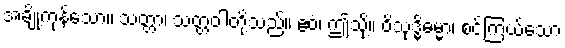
အချို့ကုန်သော။ သတ္တာ၊ သတ္တဝါတို့သည်။ ဧဝံ၊ ဤသို့။ ဝိသုဒ္ဓိဓမ္မာ၊ စင်ကြယ်သော